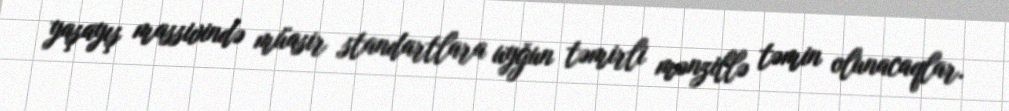
yaşayış massivində müasir standartlara uyğun təmirli mənzillə təmin olunacaqlar.